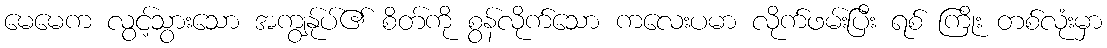
မေမေက လွင့်သွားသော အကျွန်ုပ်၏ စိတ်ကို စွန်လိုက်သော ကလေးပမာ လိုက်ဖမ်းပြီး ရစ် ကြိုး တစ်လုံးမှာ